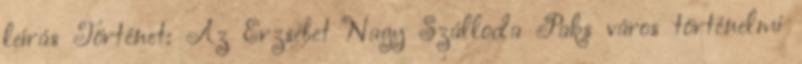
leírás Történet: Az Erzsébet Nagy Szálloda Paks város történelmi